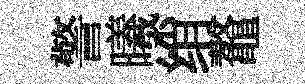
警曦绡鼇